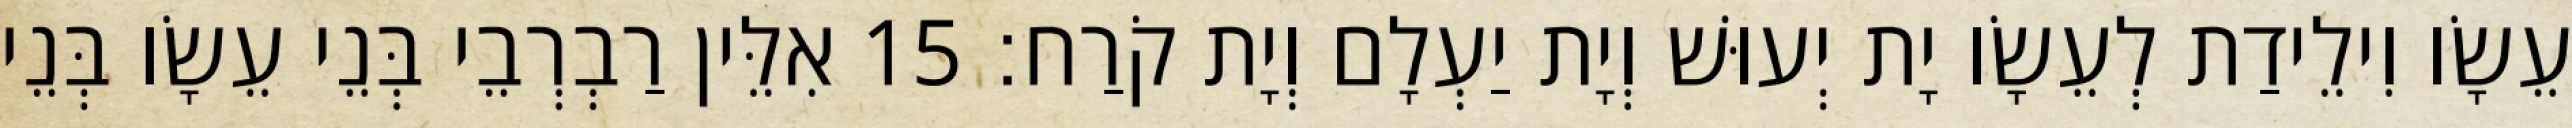
עֵשָׂו וִילֵידַת לְעֵשָׂו יָת יְעוּשׁ וְיָת יַעְלָם וְיָת קֹרַח׃ 15 אִלֵּין רַבְרְבֵי בְּנֵי עֵשָׂו בְּנֵי